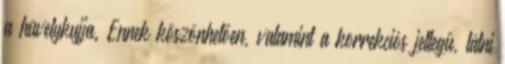
a hüvelykujja. Ennek köszönhetően, valamint a korrekciós jellegű, látni